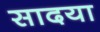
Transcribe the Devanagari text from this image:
सादया